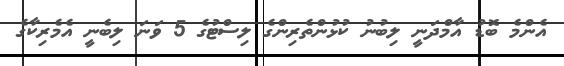
އެންމެ ބޮޑު އާމްދަނީ ލިބުނު ކުޅުންތެރިންގެ ލިސްޓުގެ 5 ވަނަ ލިބެނީ އެމެރިކާގެ